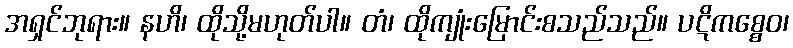
အရှင်ဘုရား။ နဟိ၊ ထိုသို့မဟုတ်ပါ။ တံ၊ ထိုကျုံးမြောင်းစသည်သည်။ ပဋိကစ္စေဝ၊